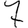
Digit: 7